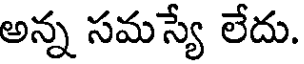
అన్న సమస్యే లేదు.